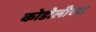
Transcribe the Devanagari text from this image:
कोडोलीच्या